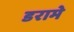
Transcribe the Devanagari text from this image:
डरामे